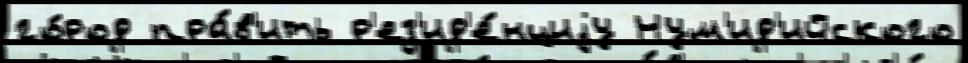
го́род пра́в'ить р'ез'ид'е́нциjу Нум'ид'ийского